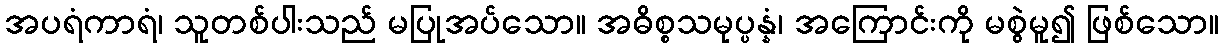
အပရံကာရံ၊ သူတစ်ပါးသည် မပြုအပ်သော။ အဓိစ္စသမုပ္ပန္နံ၊ အကြောင်းကို မစွဲမူ၍ ဖြစ်သော။